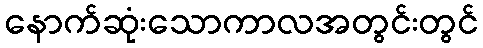
နောက်ဆုံးသောကာလအတွင်းတွင်